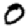
Digit: 0